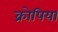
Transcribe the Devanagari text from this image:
क्रोपिया